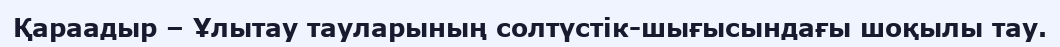
Қараадыр – Ұлытау тауларының солтүстік-шығысындағы шоқылы тау.